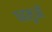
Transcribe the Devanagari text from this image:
पहमुओं